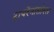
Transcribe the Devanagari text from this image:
टायरैनोसौरस